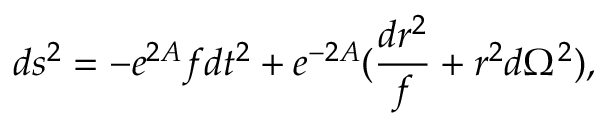
d s ^ { 2 } = - e ^ { 2 A } f d t ^ { 2 } + e ^ { - 2 A } ( { \frac { d r ^ { 2 } } { f } } + r ^ { 2 } d \Omega ^ { 2 } ) ,